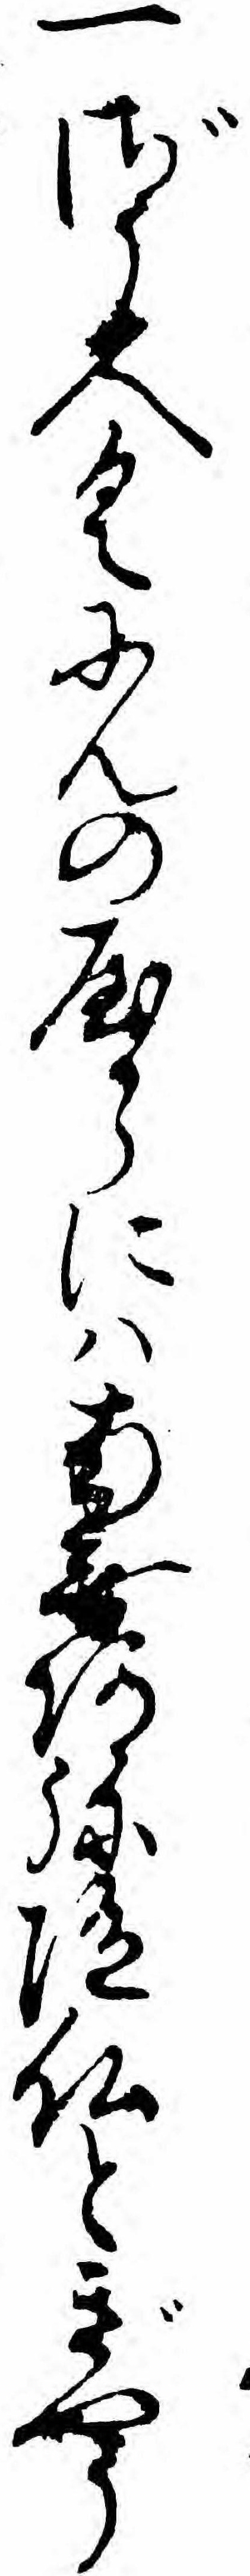
一ざう人くにんのやからにハ南無阿弥陀仏とぎやう